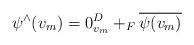
LaTeX: \begin{align*}\psi^\wedge(v_m) = 0_{v_m}^D +_F \overline{\psi(v_m)} \end{align*}